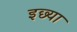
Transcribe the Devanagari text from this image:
इछ्या